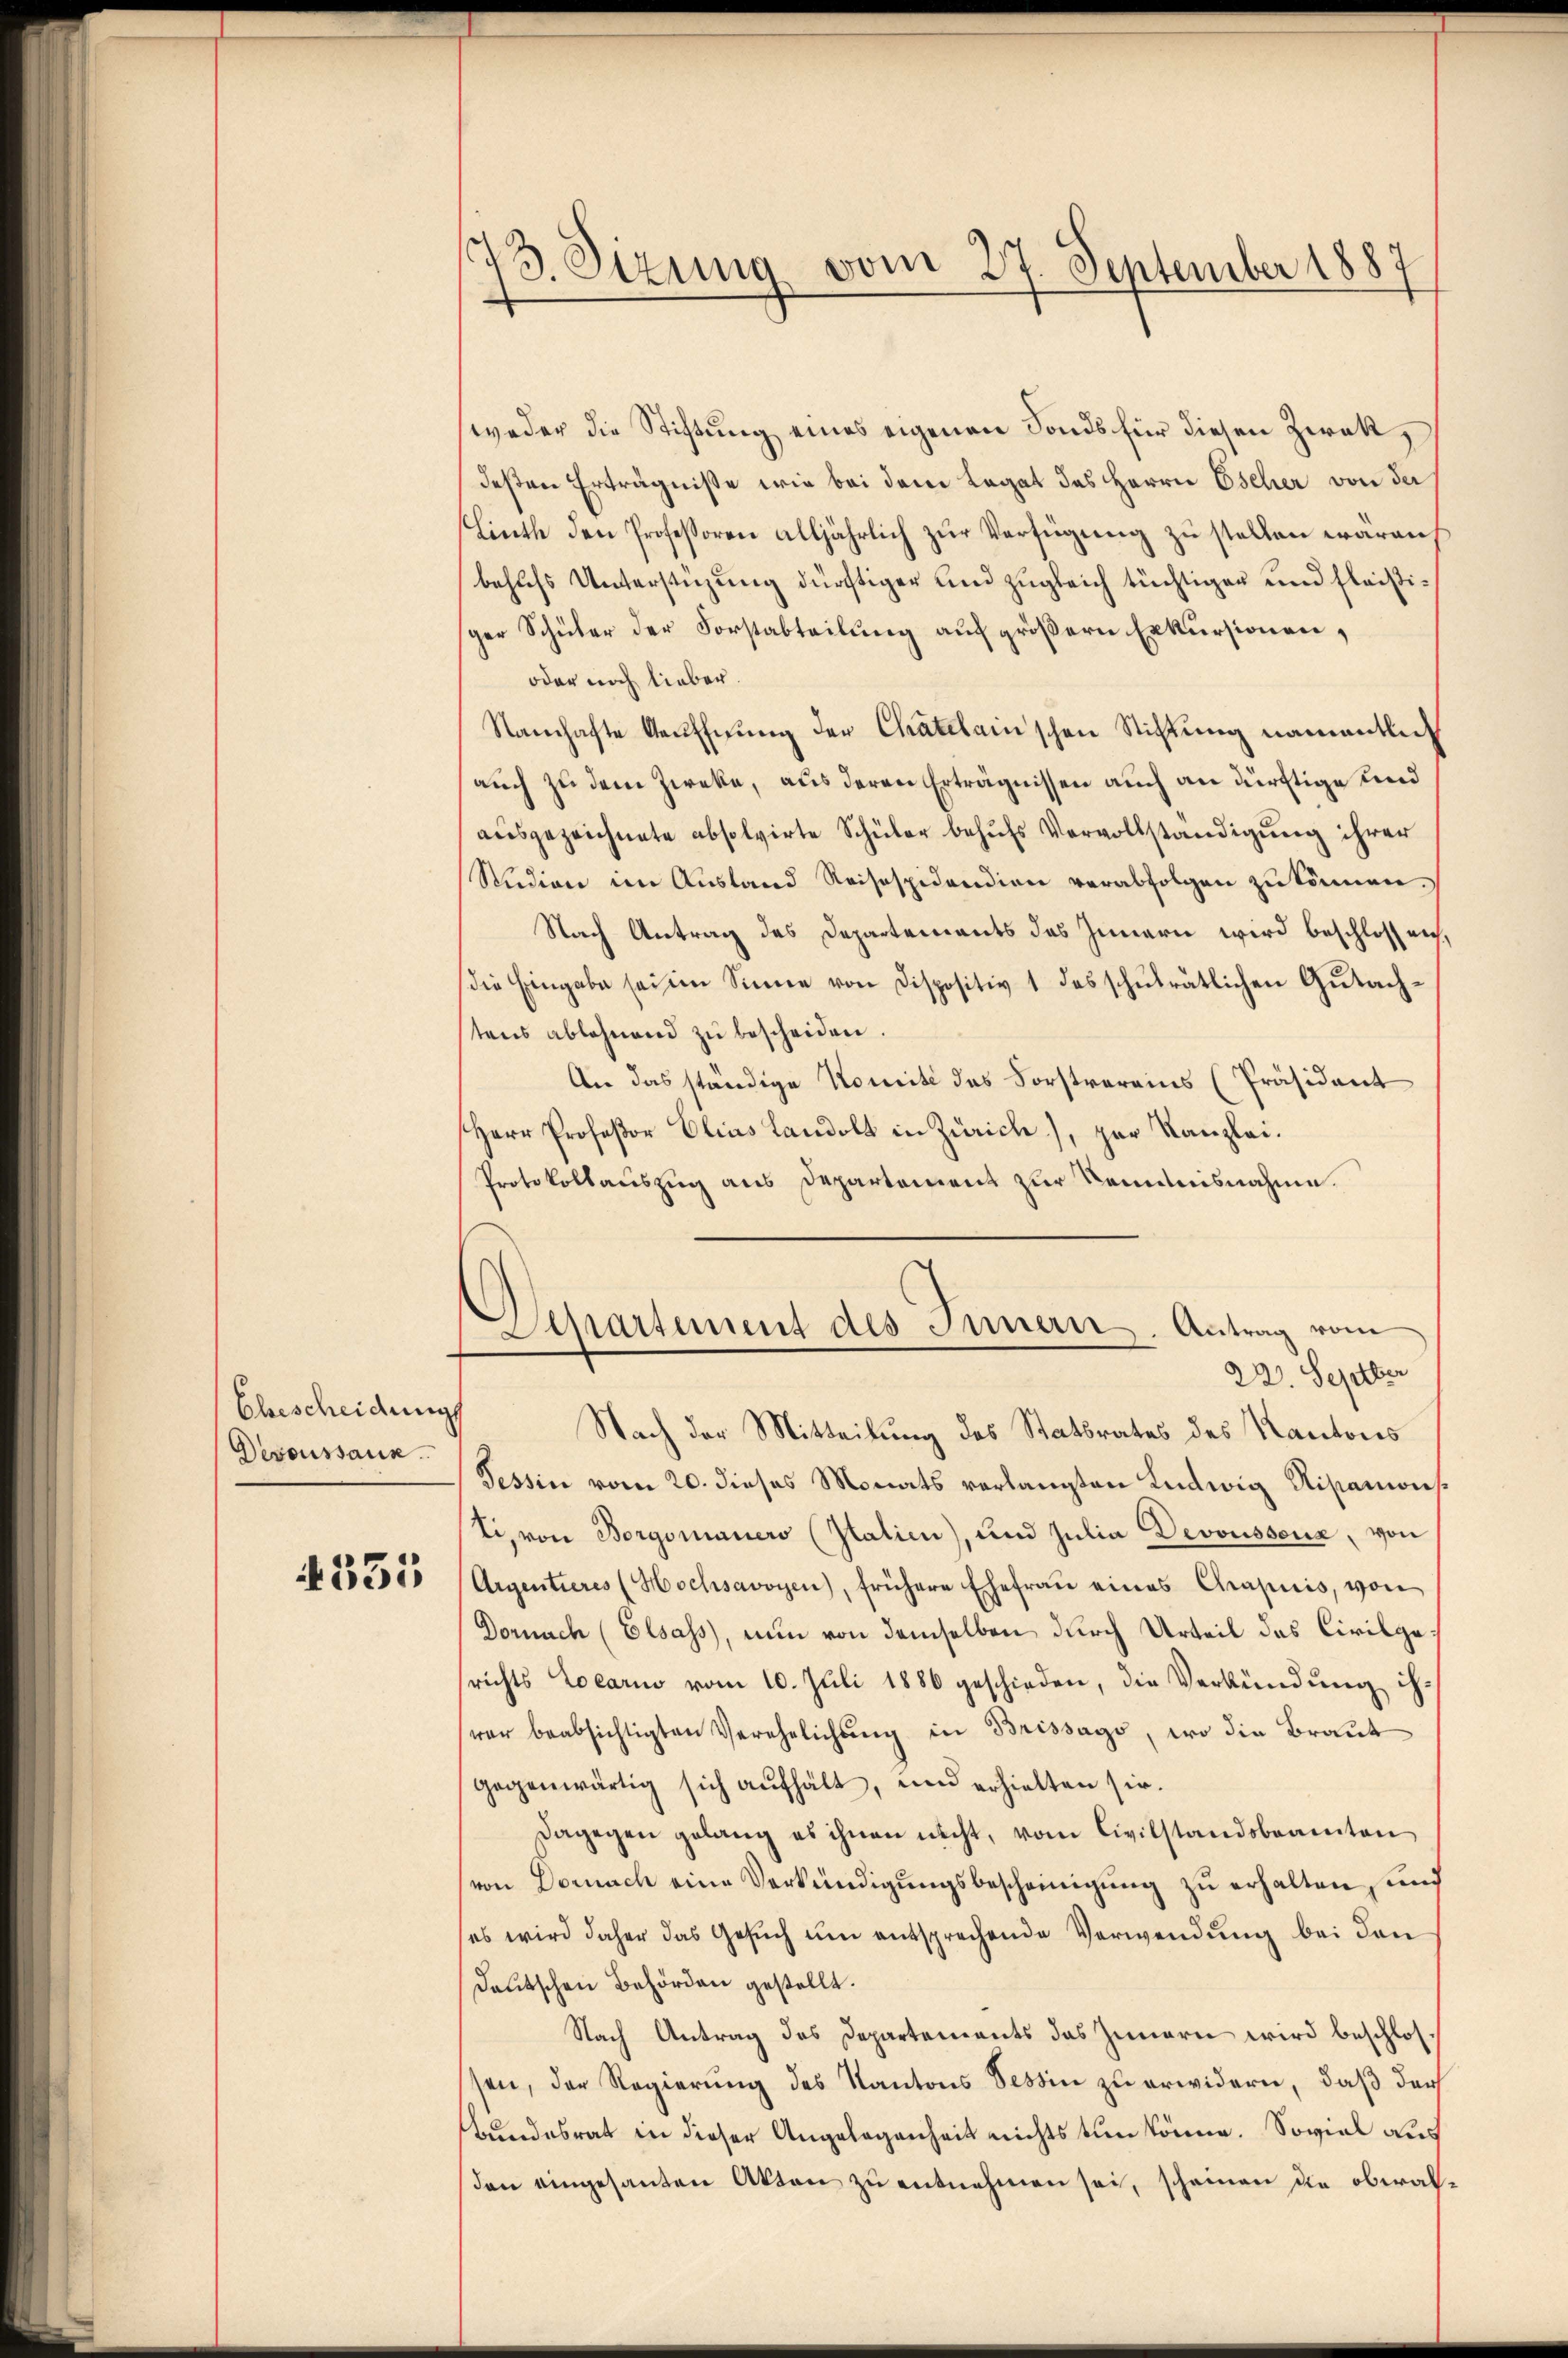
Ebescheidungs
Desoussaus

4355

73. Sizung vom 27. September 1887

weder die Stiftung eines eigenen Fonds für diesen Zwek,
deßen Erträgnisse wie bei dem Legat des Herrn Escher von der
Linth den Professoren alljährlich zur Verfügung zu stellen waren,
behufs Unterstüzung dürftiger und zugleich tüchtigen und fleißiger Schüler der Forstabteilung auf größern Exkursionen,
oder noch lieber.
Samhafte Aeufnung der Chatelainschen Stiftung namentlich
auch zu dem Zwecke, aus deren Erträgnissen auch an dürftige und
ausgezeichnete absolvirte Schüler behufs Vervollständigung ihrer
Studion im Aŭsland Reisespidandion verabfolgen zŭ können.
Nach Antrag des Departements das Innern wird beschlossen,
die Eingabe sei im Sinne von Dispositiv 1 des schulrätlichen Gutachstens ablehnend zŭ bescheiden.
An das ständige Komité des Forstvereins (Präsident
Herr Profeßor Elias Landolt in Zürich), zur Kanzlei¬
Protokollauszug aus Departement zur Kenntnisnahme.
Separtement des Innern. Antrag vom
22. Septber
Nach der Mitteilung des Statsrates des Kantons
Tessin vom 20. dieses Monats verlangten Ludwig Ripanwieti, von Borgsmauers (Italien), und Julia Devoussona, von
Argentieres (Hochsavoyen, frühere Ehefrau eines Chrapiis, von
Dornach (Elsass, nun von demselben durch Urteil das Civilge
srichts Locario vom 10. Juli 1886 geschieden, die Verkündŭng ih-
wer beabsichtigten Verehelichung in Brissago, wo die Braut
gegenwärtig sich aŭfhält, und erhielten sie.
dagegen gelang es ihnen nicht, vom Civilstandsbeamten
von Dornach eine Verkündigungsbescheinigung zu erhalten, und
es wird daher das Gesŭch ŭm entsprechende Verwendŭng bei den
Deutschen Behörden gestellt.
Nach Antrag des Departements das Innern wird beschlossen, der Regierung des Kantons Tessin zu erwidern, daß darf
bundesrat in dieser Angelegenheit nichts tun könne. Soviel aus
den eingesanten Akten zu entnehmen sei, scheinen die oberal¬